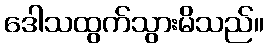
ဒေါသထွက်သွားမိသည်။